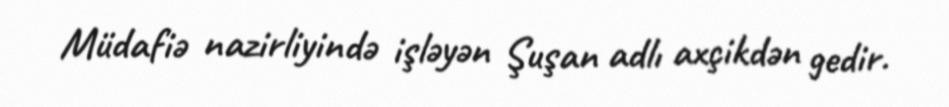
Müdafiə nazirliyində işləyən Şuşan adlı axçikdən gedir.